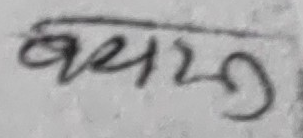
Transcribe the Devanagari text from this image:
ब्याङ